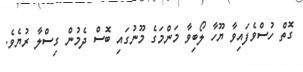
ގޮތް ހުސްވެފައިވާ ޔޫހާ ލޯބިވާ މަންމަގެ މޫނުގައި ބޮސް ދެމުން ގިސްލާ ރުޔެވެ.